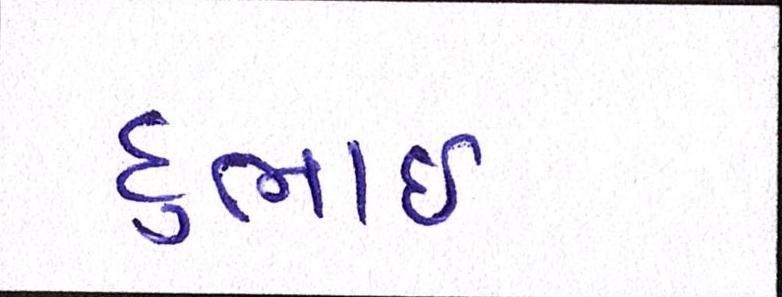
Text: દુભાઇ